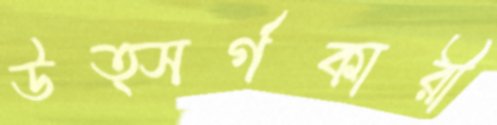
উত্সর্গকারী